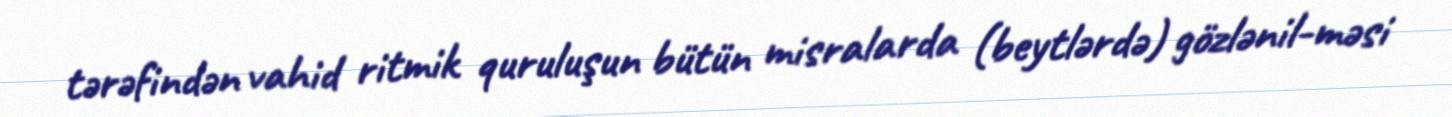
tərəfindən vahid ritmik quruluşun bütün misralarda (beytlərdə) gözlənil-məsi